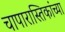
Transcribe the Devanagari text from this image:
चापारास्तिकांच्या